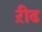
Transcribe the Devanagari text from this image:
ऱीढ